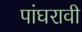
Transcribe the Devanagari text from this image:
पांघरावी